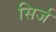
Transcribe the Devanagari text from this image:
सिर्ज